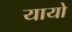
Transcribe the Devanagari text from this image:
यायो